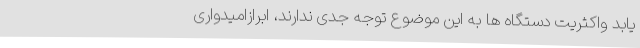
یابد واکثریت دستگاه ها به این موضوع توجه جدی ندارند، ابرازامیدواری